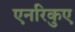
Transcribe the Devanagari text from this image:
एनरिकुए